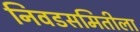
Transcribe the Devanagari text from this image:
निवडसमितीला